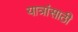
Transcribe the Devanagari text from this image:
यात्रांसाठी